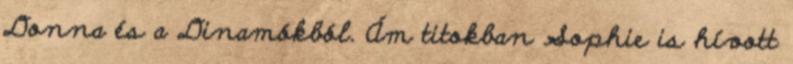
Donna és a Dinamókból. Ám titokban Sophie is hívott